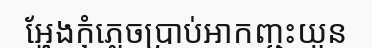
អ្ហែងកុំភ្លេចប្រាប់អាកញ្ជះយួន